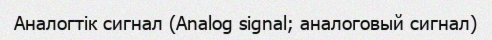
Аналогтік сигнал (Analog signal; аналоговый сигнал)